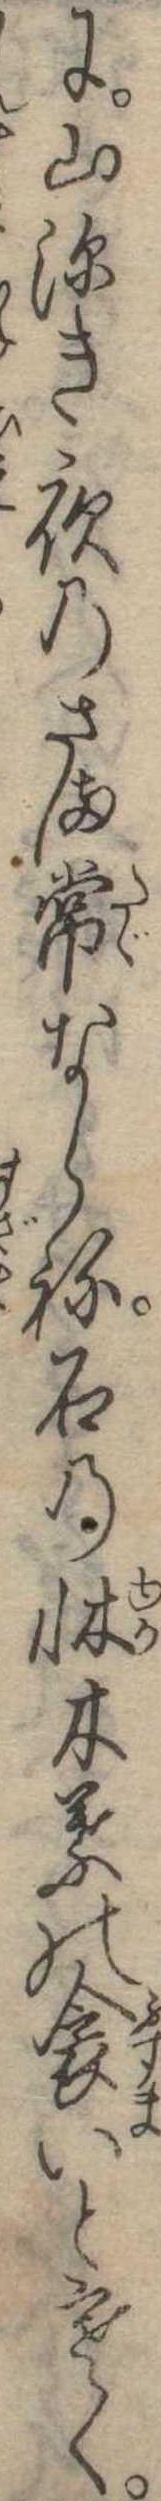
に山深き夜のさま常ならね石の牀木葉の衾いと寒く